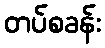
တပ်စခန်း